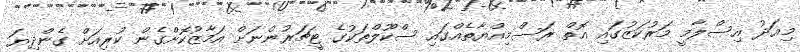
މިއަދު އިސްލާމީ މަރުކަޒުގައި އޮތް ރަސްމިއްޔާތެއްގައި ސްކޫލްތަކުގެ ޓީޗަރުންނަށް އަމާޒުކޮށްގެން ކުރިއަށް ގެންދިޔަ